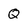
Character: Q